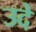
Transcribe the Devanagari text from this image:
उदे